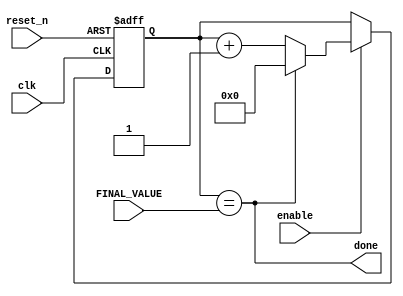
`timescale 1ns / 1ps
//////////////////////////////////////////////////////////////////////////////////
// Company: 
// Engineer: 
// 
// Design Name: 
// Module Name: timer_imput
// Project Name: 
// Target Devices: 
// Tool Versions: 
// Description: 
// 
// Dependencies: 
// 
// Revision:
// Revision 0.01 - File Created
// Additional Comments:
// 
//////////////////////////////////////////////////////////////////////////////////


module timer_input
#(parameter BITS = 4)(
    input clk, 
    input reset_n,
    input enable,
    input [BITS - 1:0] FINAL_VALUE,
    //output [BITS - 1:0]Q,
    output done
    );
    reg [BITS - 1:0]Q_reg, Q_next;
    
    always @(posedge clk, negedge reset_n)
    begin
        if(~reset_n)
            Q_reg <= 'b0;
        else if(enable)
            Q_reg <= Q_next;
        else
            Q_reg <= Q_reg;
    end
    
    //next state logic
    assign done = Q_reg == FINAL_VALUE;
    
    always @(*)
        Q_next = done? 'b0: Q_reg+1;
        
endmodule